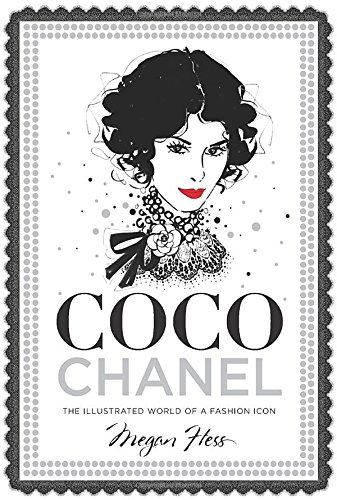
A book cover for Coco Chanel: The Illustrated World of a Fashion Icon; Megan Hess; Arts & Photography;